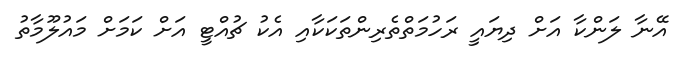
އޭނާ ލަންކާ އަށް ދިޔައީ ރަހުމަތްތެރިންތަކަކާއި އެކު ޗުއްޓީ އަށް ކަމަށް މައުލޫމާތު